Report of the Bombay Veterinary College
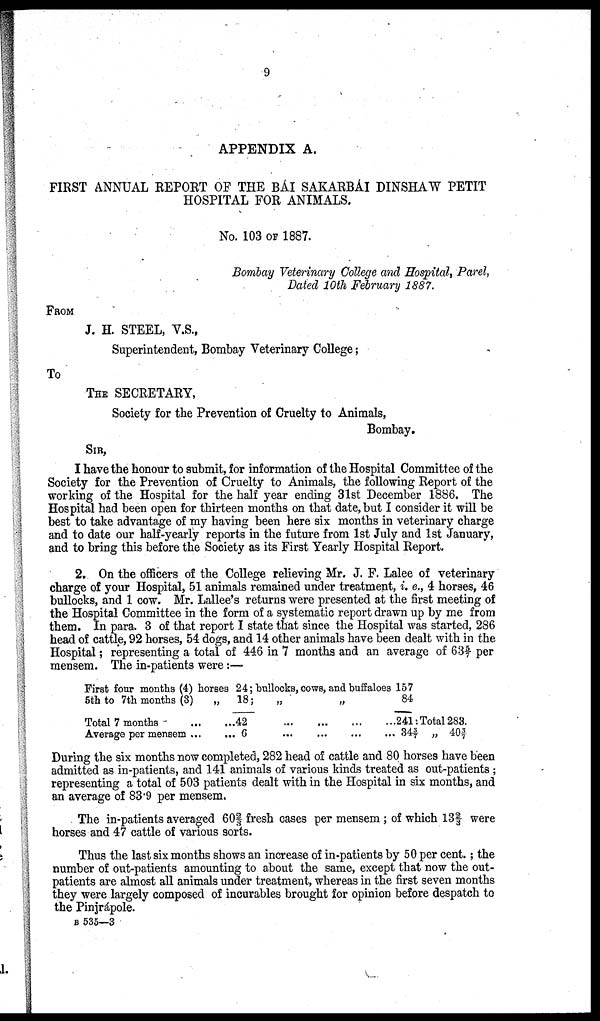
9
APPENDIX A.
FIRST ANNUAL REPORT OF THE BAI SAKARBAI DINSHAW PETIT
HOSPITAL FOR ANIMALS.
No. 103 OF 1887.
Bombay Veterinary College and Hospital, Parel,
Dated 10th February 1887.
FROM
J. H. STEEL, V.S.,
Superintendent, Bombay Veterinary College;
To
THE SECRETARY,
Society for the Prevention of Cruelty to Animals,
Bombay.
SIR,
I have the honour to submit, for information of the Hospital Committee of the
Society for the Prevention of Cruelty to Animals, the following Report of the
working of the Hospital for the half year ending 31st December 1886. The
Hospital had been open for thirteen months on that date, but I consider it will be
best to take advantage of my having been here six months in veterinary charge
and to date our half-yearly reports in the future from 1st July and 1st January,
and to bring this before the Society as its First Yearly Hospital Report.
2. On the officers of the College relieving Mr. J. F. Lalee of veterinary
charge of your Hospital, 51 animals remained under treatment, i. e., 4 horses, 46
bullocks, and 1 cow. Mr. Lallee's returns were presented at the first meeting of
the Hospital Committee in the form of a systematic report drawn up by me from
them. In para. 3 of that report I state that since the Hospital was started, 286
head of cattle, 92 horses, 54 dogs, and 14 other animals have been dealt with in the
Hospital; representing a total of 446 in 7 months and an average of 635/7 per
mensem. The in-patients were:—
First four months (4)
5th to 7th months (3)
Total 7 months ...
Average per mensem ...
horses
...
...
24;
18;
42
6
bullocks,
...
cows,
...
...
and buffaloes
„
... ...
157
84
241:
34 3/7
Total 283.
„ 40 3/7
During the six months now completed, 282 head of cattle and 80 horses have been
admitted as in-patients, and 141 animals of various kinds treated as out-patients ;
representing a total of 503 patients dealt with in the Hospital in six months, and
an average of 83.9 per mensem.
The in-patients averaged 60⅔ fresh cases per mensem; of which 13⅔ were
horses and 47 cattle of various sorts.
Thus the last six months shows an increase of in-patients by 50 per cent.; the
number of out-patients amounting to about the same, except that now the out
patients are almost all animals under treatment, whereas in the first seven months
they were largely composed of incurables brought for opinion before despatch to
the Pinjrápole.
B 535—3